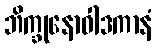
ဘိက္ခုနောဝါဒကာနံ